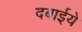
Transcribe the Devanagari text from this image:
दबाईये